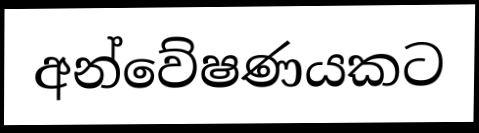
අන්වේෂණයකට